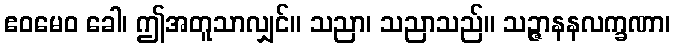
ဧဝမေဝ ခေါ၊ ဤအတူသာလျှင်။ သညာ၊ သညာသည်။ သဉ္ဇာနနလက္ခဏာ၊